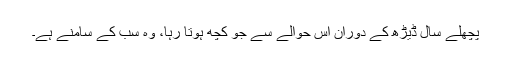
پچھلے سال ڈیڑھ کے دوران اس حوالے سے جو کچھ ہوتا رہا، وہ سب کے سامنے ہے۔